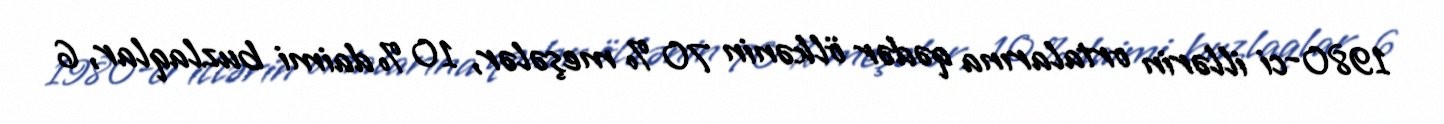
1980-ci illərin ortalarına qədər ölkənin 70 % meşələr, 10 % daimi buzlaqlar, 6